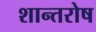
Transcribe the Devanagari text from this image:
शान्तरोष